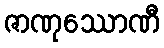
ဇာဏုဿောဏီ